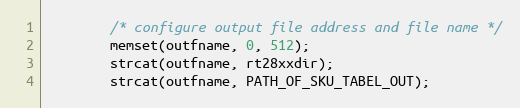
Language: C
		/* configure output file address and file name */
		memset(outfname, 0, 512);
		strcat(outfname, rt28xxdir);
		strcat(outfname, PATH_OF_SKU_TABEL_OUT);